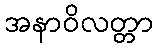
အနာဝိလတ္တာ